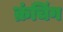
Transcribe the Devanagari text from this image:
क्रंचिंग